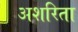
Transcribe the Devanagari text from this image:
अशरिता